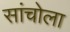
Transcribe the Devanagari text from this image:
सांचोला